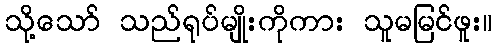
သို့သော် သည်ရုပ်မျိုးကိုကား သူမမြင်ဖူး။